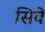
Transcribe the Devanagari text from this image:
सिवे